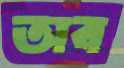
অব